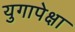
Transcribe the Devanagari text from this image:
युगापेक्षा